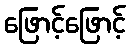
ဖြောင့်ဖြောင့်